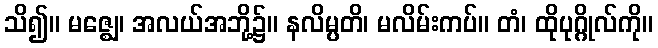
သိ၍။ မဇ္ဈေ၊ အလယ်အဘို့၌။ နလိမ္ပတိ၊ မလိမ်းကပ်။ တံ၊ ထိုပုဂ္ဂိုလ်ကို။